Annual report on the health of the army in India
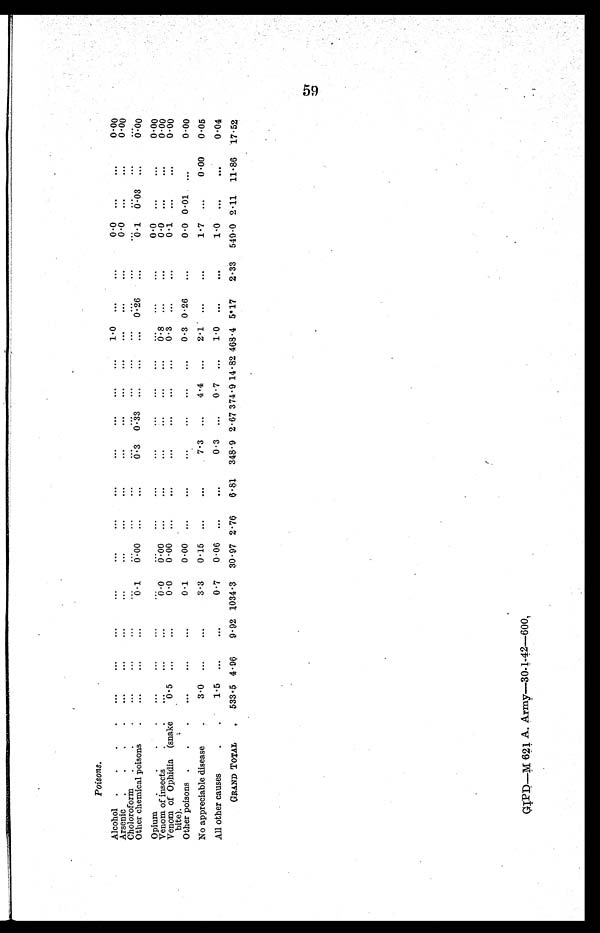
Poisons.
Alcohol .
.
.
.
...
...
...
...
...
...
...
...
...
...
1.0 ...
...
0.0 ...
...
0.00
Arsenic .
.
.
.
...
... ...
...
...
...
...
...
... ... ... ... ... ...
0.0 ...
...
0.00
Choloroform .
.
.
...
...
... ...
...
...
... ...
...
...
... ... ...
...
... ...
...
...
Other chemical poisons .
...
... ...
0.1
0.00 ...
...
0.3 0.33 ...
...
... 0.26
.
.. .
0.1 0.03 ...
0.00
Opium .
.
.
.
...
...
... ...
...
...
...
... ...
...
...
...
...
...
0.0 ...
...
0.00
Venom of insects
.
. ... ...
...
0.0
0.00 ...
...
... ...
...
... 0.8 ... ...
0.0 ...
...
0.00
Venom of Ophidia (snake
bite).
0.5 ...
...
0.0 0.00 ...
... ...
...
...
... 0.3 ...
...
0.1 ...
...
0.00
Other poisons .
.
.
...
...
...
0.1 0.00 ...
...
...
...
...
... 0.3 0.26 ...
0.0 0.01 ...
0.00
No appreciable disease
.
3.0 ... ...
3.3 0.15 ...
...
7.3 ...
4.4 ... 2.1 ...
...
1.7 ...
0.00 0.05
All other causes
1.5 ...
...
0.7 0.06 ...
...
0.3 ... 0.7 ... 1.0 ...
...
1.0 ...
...
0.04
GRAND TOTAL . 533.5 4.96 9.92 1034.3 30.97 2.76 6.81 348.9 2.67 374.9 14.82 468.4 5.17 2.33 549.0 2.11 11.86 17.52
C. 59. )1
GIPD—M 621 A. Army—30-1-42—600,